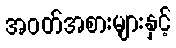
အဝတ်အစားများနှင့်